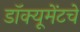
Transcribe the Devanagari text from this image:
डॉक्यूमेंटचे